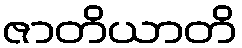
ဇာတိယာတိ